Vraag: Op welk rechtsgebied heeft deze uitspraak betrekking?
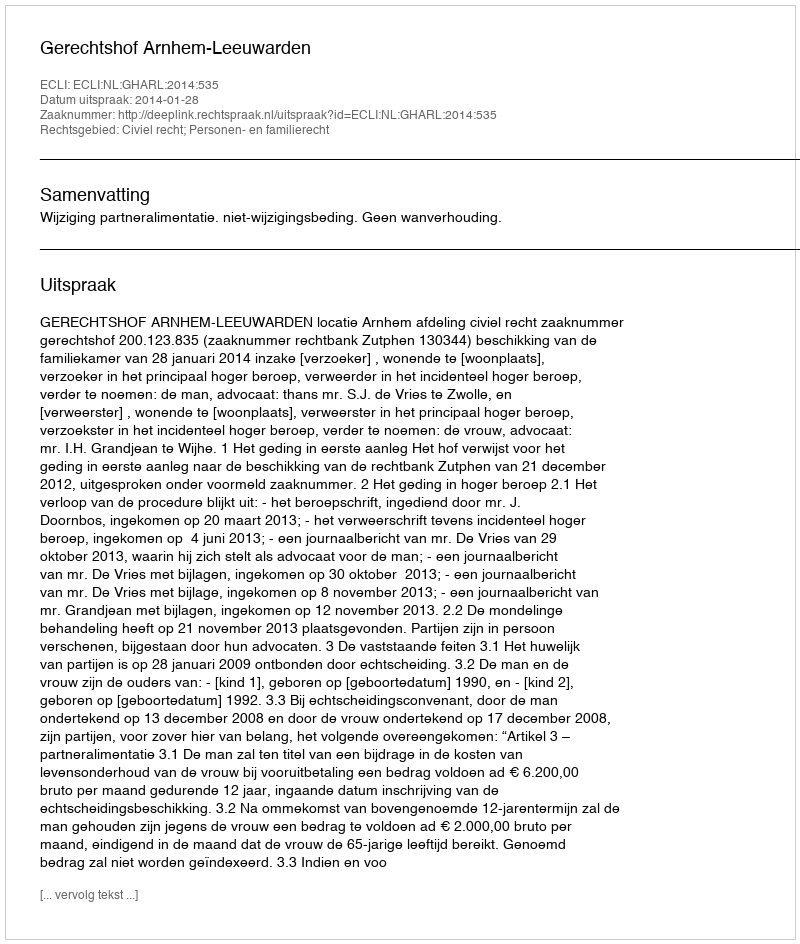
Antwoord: Civiel recht; Personen- en familierecht